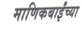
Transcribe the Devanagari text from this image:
माणिकबाईंच्या